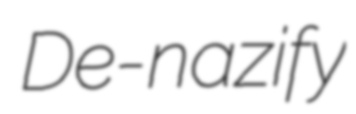
De-nazify